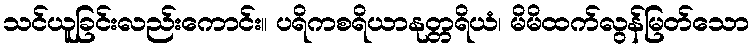
သင်ယူခြင်းလည်းကောင်း။ ပရိကစရိယာနုတ္တရိယံ၊ မိမိထက်လွန်မြတ်သော